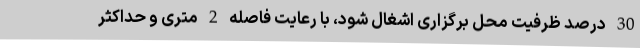
30 درصد ظرفیت محل برگزاری اشغال شود، با رعایت فاصله 2 متری و حداکثر